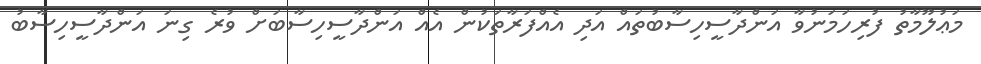
މަޢުލޫމާތު ފުރިހަމަނުވާ އަންދާސީހިސާބުތައް އަދި އެއްފަރާތަކުން އެއް އަންދާސީހިސާބަށް ވުރެ ގިނަ އަންދާސީހިސާބު